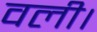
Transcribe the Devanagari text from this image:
वली।